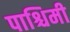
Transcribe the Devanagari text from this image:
पाश्चिमी